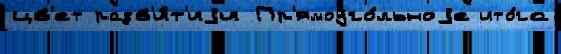
цв'ет разв'и́т'иjи Пр'ямоуго́льноjе ито́га